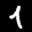
Label: 4